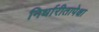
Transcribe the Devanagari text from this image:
निर्धारीतापेक्षा